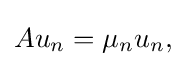
\displaystyle {Au_{n}=\mu _{n}u_{n},}